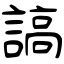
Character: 謞